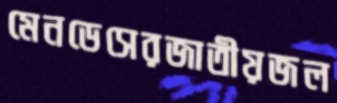
মেনডেসেরজাতীয়জল